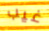
غيب